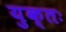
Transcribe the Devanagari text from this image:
युक्‍तः